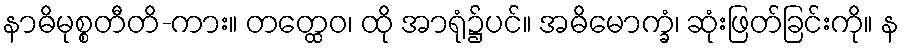
နာဓိမုစ္စတီတိ-ကား။ တတ္ထေဝ၊ ထို အာရုံ၌ပင်။ အဓိမောက္ခံ၊ ဆုံးဖြတ်ခြင်းကို။ န